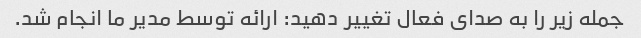
جمله زیر را به صدای فعال تغییر دهید: ارائه توسط مدیر ما انجام شد.